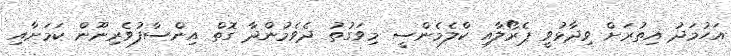
އަހުމަދު އިތުރަށް ވިދާޅުވީ ޕެރޯލާއި ކްްލެމެންސީ މިވަގުތު ދެވެމުންދާ ގޮތް އިންސާފުވެރިނޫން ކަމަށާއި